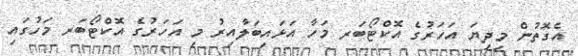
އެގޮތުން މިދިޔަ އަހަރުގެ އޮކްޓޯބަރ މަހާ އަޅައިބަލާއިރު މި އަހަރުގެ އޮކްޓޯބަރ މަހުގައި